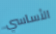
الأساسي